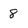
Character: 8